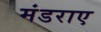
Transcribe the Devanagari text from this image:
मंडराए